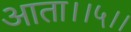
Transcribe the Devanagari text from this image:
आता।।५।।